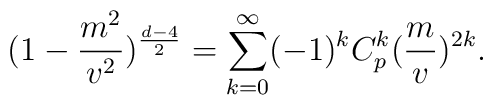
(1-\frac{m^{2}}{v^{2}})^{\frac{d-4}{2}}=\sum_{k=0}^{\infty}(-1)^{k}C^{k}_{p}(\frac{m}{v})^{2k}.